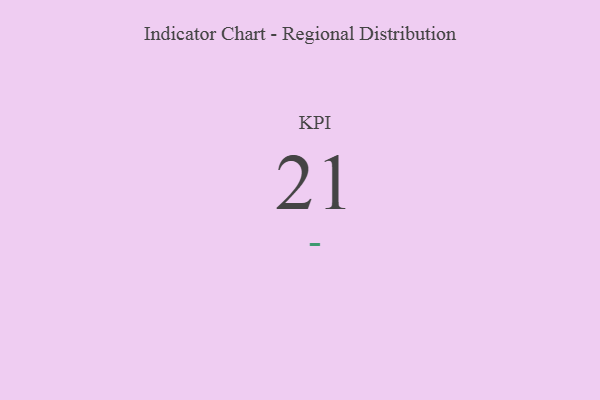
{"axis": {"x": "KPI", "y": "Value"}, "legend": [""], "data": [{"x": "KPI", "y": 21, "type": ""}]}